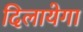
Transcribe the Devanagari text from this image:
दिलायेगा